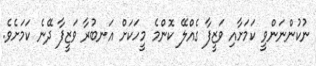
ނުކުންނަންވީ ކަމަށާއި ވަޒީފާ ގެއްލޭ ކޮންމެ މީހަކަށް އަނބުރާ ވަޒީފާ ދޭނެ ކަމަށެވެ.